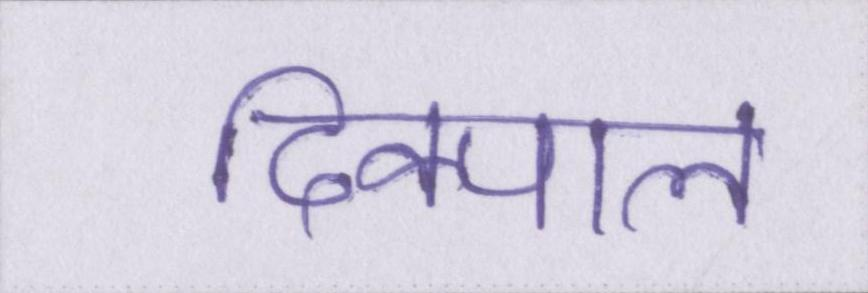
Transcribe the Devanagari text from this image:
दिक्पाल